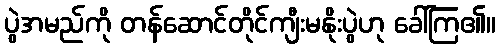
ပွဲအမည်ကို တန်ဆောင်တိုင်ကျီးမနိုးပွဲဟု ခေါ်ကြ၏။